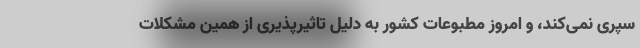
سپری نمی‌کند، و امروز مطبوعات کشور به دلیل تاثیرپذیری از همین مشکلات